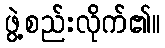
ဖွဲ့စည်းလိုက်၏။